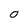
Character: O